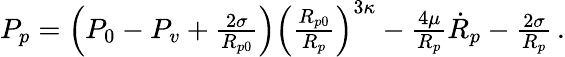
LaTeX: \begin{array}{r}{P_{p}=\left(P_{0}-P_{v}+\frac{2\sigma}{R_{p0}}\right)\left(\frac{R_{p0}}{R_{p}}\right)^{3\kappa}-\frac{4\mu}{R_{p}}\dot{R}_{p}-\frac{2\sigma}{R_{p}}\, .}\end{array}